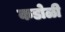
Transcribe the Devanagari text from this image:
कडोळी